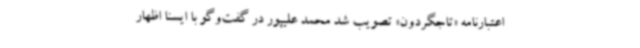
اعتبارنامه «تاجگردون» تصویب شد محمد علیپور در گفت‌وگو با ایسنا اظهار